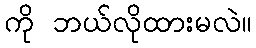
ကို ဘယ်လိုထားမလဲ။